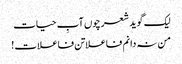
لیک گوید شعر چوں آبِ حیات
من نہ دانم فاعلاتن فاعلات !